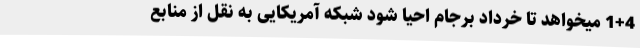
1+4 میخواهد تا خرداد برجام احیا شود شبکه آمریکایی به نقل از منابع